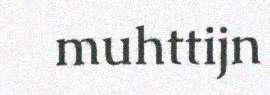
muhttijn